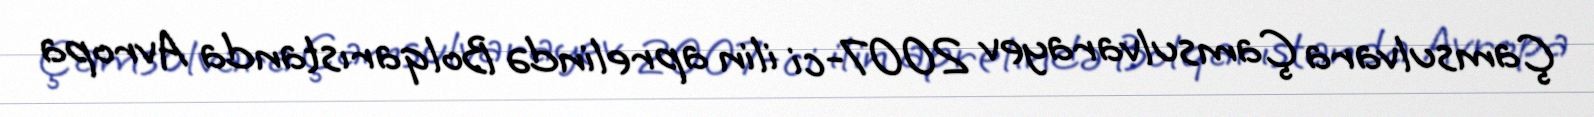
Çamsulvara Çamsulvarayev 2007-ci ilin aprelində Bolqarıstanda Avropa